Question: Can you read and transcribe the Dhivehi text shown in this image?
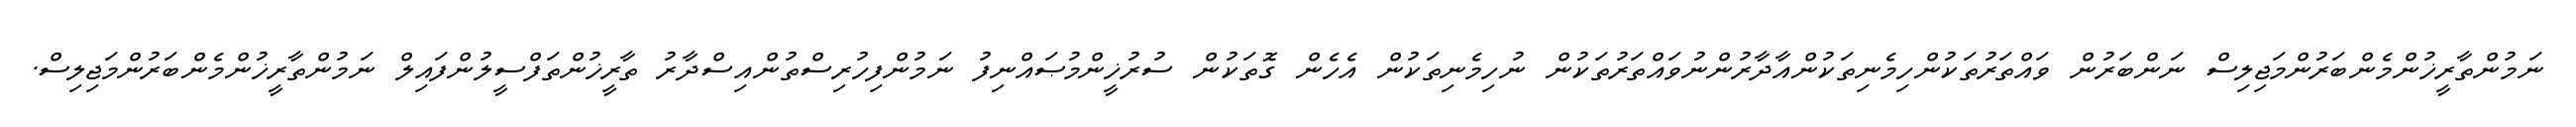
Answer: ނަމުންތާރީޚުންމެންބަރުންމަޖިލިސް ނަންބަރުން ވައްތަރުތަކުންހިމެނިތަކުންއާދާރުންނުވައްތަރުތަކުން ނުހިމެނިތަކުން އެހެން ގޮތަކުން ސުރުޚީންމުޞައްނިފު ނަމުންފިހުރިސްތުންއިސްދާރު ތާރީޚުންތަފްސީލުންފައިލް ނަމުންތާރީޚުންމެންބަރުންމަޖިލިސް.